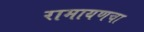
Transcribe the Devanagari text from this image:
रामायणचा